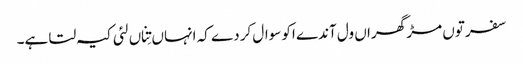
سفر توں مڑ گھراں ول آندے اکو سوال کردے کہ انہاں تِناں لئی کیہ لتا ہے۔